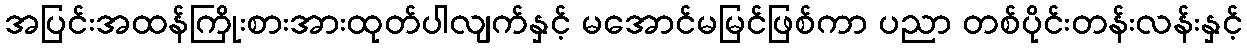
အပြင်းအထန်ကြိုးစားအားထုတ်ပါလျက်နှင့် မအောင်မမြင်ဖြစ်ကာ ပညာ တစ်ပိုင်းတန်းလန်းနှင့်